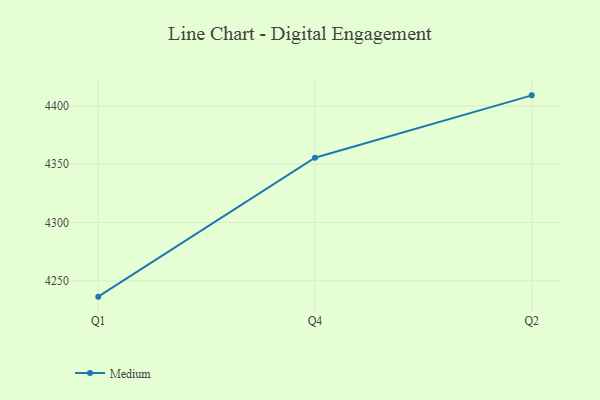
{"axis": {"x": "Quarter", "y": "Active Users"}, "legend": ["Medium"], "data": [{"x": "Q1", "y": 4236.4, "type": "Medium"}, {"x": "Q4", "y": 4355.6, "type": "Medium"}, {"x": "Q2", "y": 4409.1, "type": "Medium"}]}